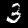
Digit: 3